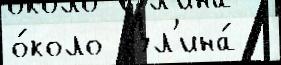
о́коло Дл'ина́